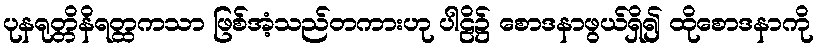
ပုနရုတ္တိနိရတ္ထကသာ ဖြစ်အံ့သည်တကားဟု ပါဠိ၌ စောဒနာဖွယ်ရှိ၍ ထိုစောဒနာကို